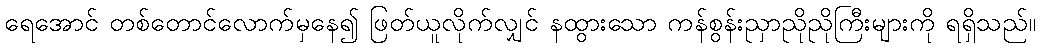
ရေအောင် တစ်တောင်လောက်မှနေ၍ ဖြတ်ယူလိုက်လျှင် နထွားသော ကန်စွန်းညှာညိုညိုကြီးများကို ရရှိသည်။